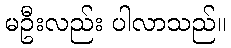
မဦးလည်း ပါလာသည်။